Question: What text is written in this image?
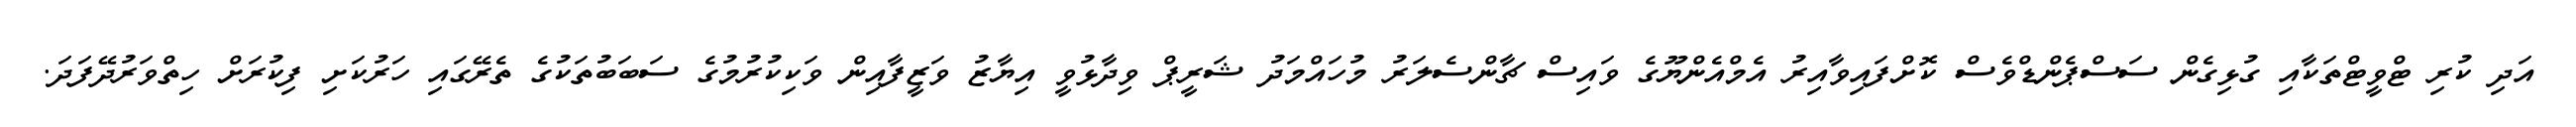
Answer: އަދި ކުރި ޓްވީޓްތަކާއި ގުޅިގެން ސަސްޕެންޑްވެސް ކޮށްފައިވާއިރު އެމްއެންޔޫގެ ވައިސް ޗާންސެލަރު މުހައްމަދު ޝަރީޕް ވިދާޅުވީ އިޔާޒު ވަޒީފާއިން ވަކިކުރުމުގެ ސަބަބުތަކުގެ ތެރޭގައި ހަރުކަށި ފިކުރަށް ހިތްވަރުދޭފަދަ.